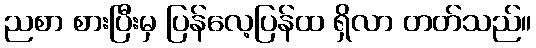
ညစာ စားပြီးမှ ပြန်လေ့ပြန်ထ ရှိလာ တတ်သည်။